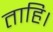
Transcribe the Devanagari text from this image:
ताहि।